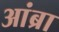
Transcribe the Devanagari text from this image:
आंब्रा